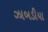
ઝાબડીયા